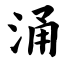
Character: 涌